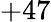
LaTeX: +47